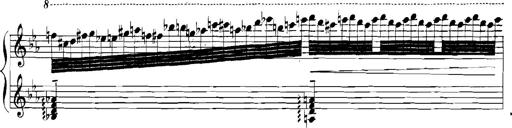
Title: Rhapsodies hongroises
Composer: Franz Liszt